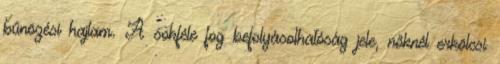
bűnözési hajlam. A sokféle fog befolyásolhatóság jele, nőknél erkölcsi